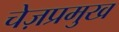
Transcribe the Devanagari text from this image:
चेज़प्रमुख